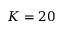
K = 2 0